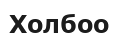
Холбоо